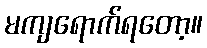
မကျရောက်ရတော့။